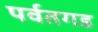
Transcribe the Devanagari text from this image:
पर्वतगड